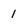
Character: 1